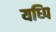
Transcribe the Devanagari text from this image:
यध्पि